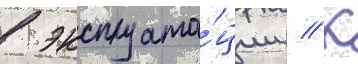
в эксплуата́ции // К